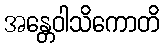
အန္တေဝါသိကောတိ